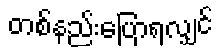
တစ်နည်းပြောရလျှင်